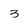
Character: 3